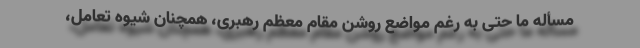
مسأله ما حتی به رغم مواضع روشن مقام معظم رهبری، همچنان شیوه تعامل،